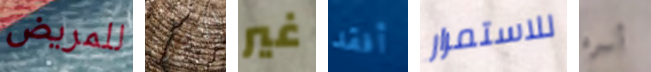
للمريض الاثارة غير أفقد للاستمرار أسره